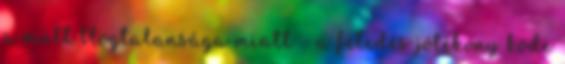
a múlt blogtalansága miatt - a feledés jótékony köde